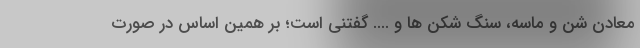
معادن شن و ماسه، سنگ شکن ها و .... گفتنی است؛ بر همین اساس در صورت